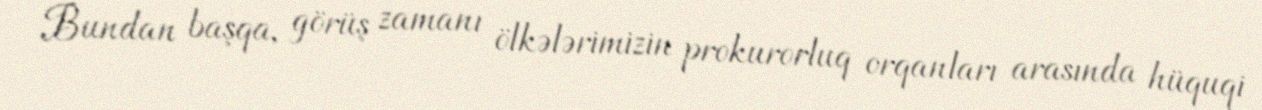
Bundan başqa, görüş zamanı ölkələrimizin prokurorluq orqanları arasında hüquqi